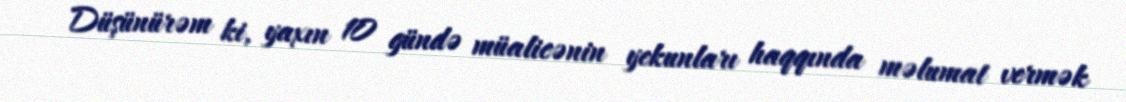
Düşünürəm ki, yaxın 10 gündə müalicənin yekunları haqqında məlumat vermək